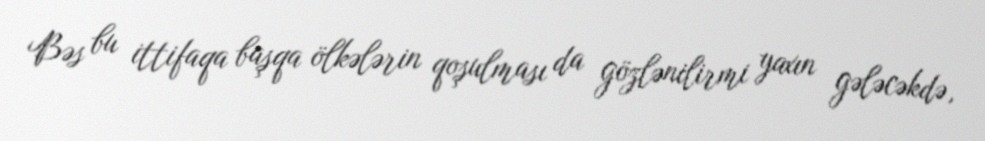
Bəs bu ittifaqa başqa ölkələrin qoşulması da gözlənilirmi yaxın gələcəkdə,